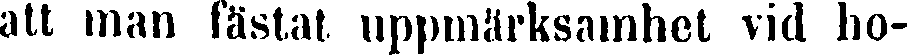
att man fästat uppmärksamhet vid ho-